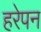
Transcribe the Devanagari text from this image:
हरेपन